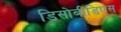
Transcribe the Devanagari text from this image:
डिसोबीडिएंस